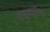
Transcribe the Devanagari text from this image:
मातृस्थानीया